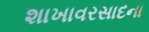
શાખાવરસાદના